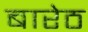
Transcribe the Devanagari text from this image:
बारेठ